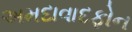
અમદાવાદફોન